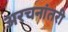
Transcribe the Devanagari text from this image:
अरचनांतरी